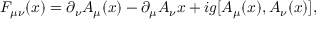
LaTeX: F _ { \mu \nu } ( x ) = \partial _ { \nu } A _ { \mu } ( x ) - \partial _ { \mu } A _ { \nu } { x } + i g [ A _ { \mu } ( x ) , A _ { \nu } ( x ) ] ,